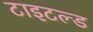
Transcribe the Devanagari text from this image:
टाइटल्ड